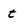
Character: t